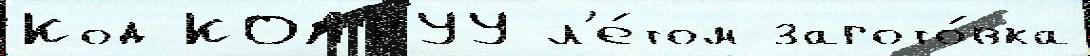
Код КОАТУУ л'е́том загото́вка